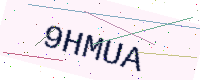
Text: 9HMUA